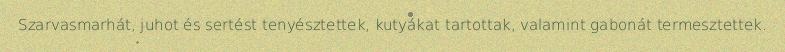
Szarvasmarhát, juhot és sertést tenyésztettek, kutyákat tartottak, valamint gabonát termesztettek.